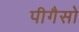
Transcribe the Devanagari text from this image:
पीगैसो